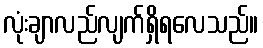
လုံးချာလည်လျက်ရှိရလေသည်။